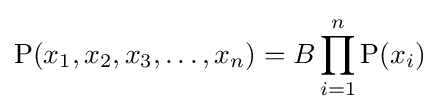
{\text{P}}(x_{1},x_{2},x_{3},\ldots ,x_{n})=B\prod _{i=1}^{n}{\text{P}}(x_{i})